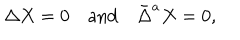
\Delta X = 0 \quad \mathrm { a n d } \quad \bar { \Delta } ^ { a } X = 0 ,